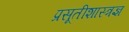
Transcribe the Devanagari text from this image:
प्रसूतीशास्त्रज्ञ